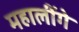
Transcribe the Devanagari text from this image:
महालींगे